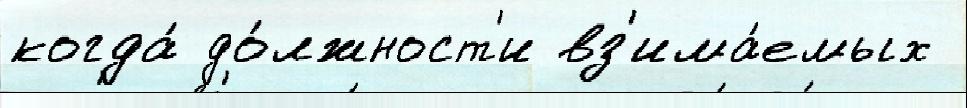
когда́ до́лжност'и вз'има́емых